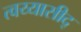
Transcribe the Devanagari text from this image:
त्वय्यासीद्